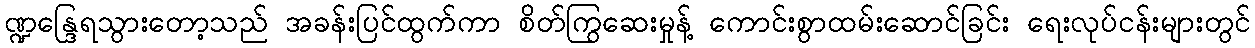
ဏ္ဍန္ဒြေရသွားတော့သည် အခန်းပြင်ထွက်ကာ စိတ်ကြွဆေးမှုန့် ကောင်းစွာထမ်းဆောင်ခြင်း ရေးလုပ်ငန်းများတွင်